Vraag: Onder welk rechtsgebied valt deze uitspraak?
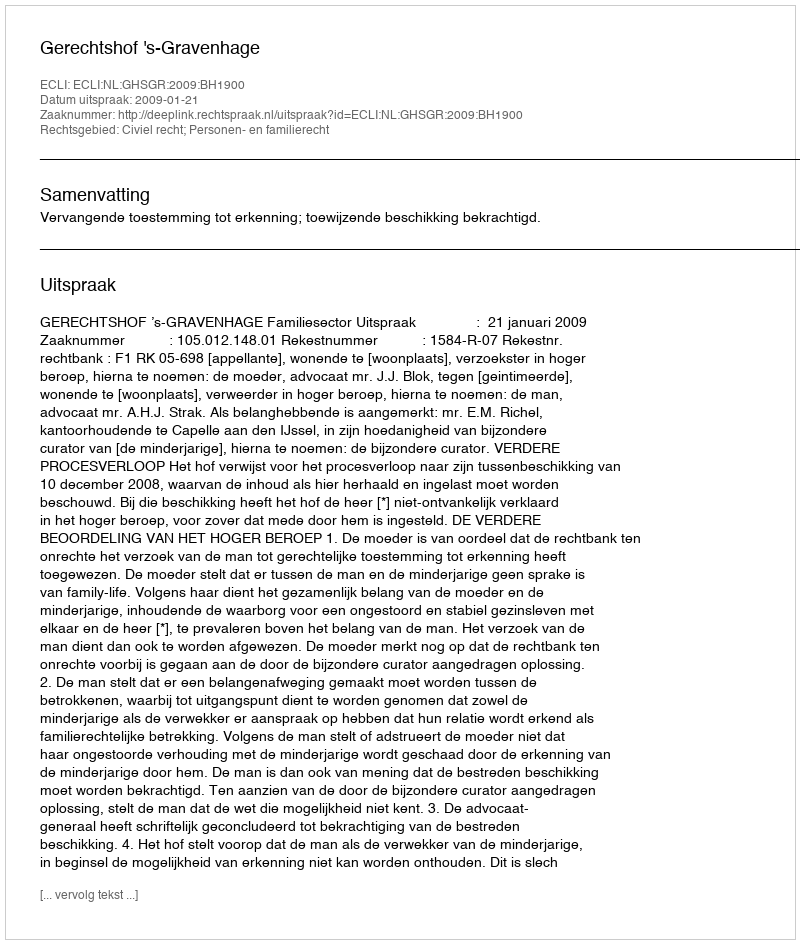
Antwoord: Civiel recht; Personen- en familierecht